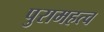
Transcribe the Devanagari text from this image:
पुरामहत्व